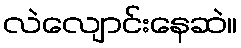
လဲလျောင်းနေဆဲ။